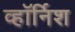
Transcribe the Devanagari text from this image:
व्हॉर्निश